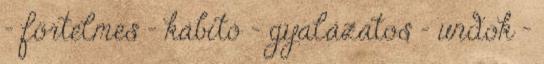
- förtelmes - kábító - gyalázatos - undok -